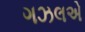
ગઝલએ